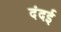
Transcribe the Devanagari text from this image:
दंदई